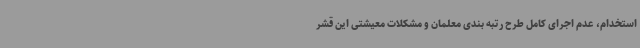
استخدام، عدم اجرای کامل طرح رتبه بندی معلمان و مشکلات معیشتی این قشر